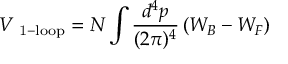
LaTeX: V _ { \mathrm { \footnotesize ~ 1 - l o o p } } = N \int \frac { d ^ { 4 } p } { ( 2 \pi ) ^ { 4 } } \left( W _ { B } - W _ { F } \right)